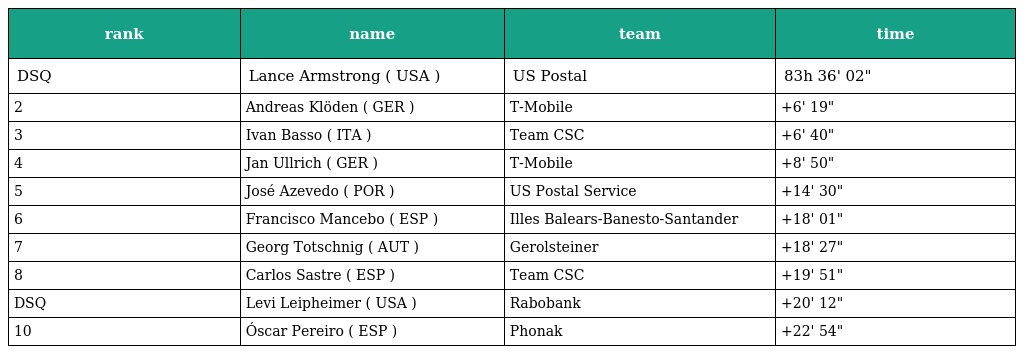
| rank | name | team | time |
 | --- | --- | --- | --- |
 | DSQ | Lance Armstrong ( USA ) | US Postal | 83h 36' 02" |
 | 2 | Andreas Klöden ( GER ) | T-Mobile | +6' 19" |
 | 3 | Ivan Basso ( ITA ) | Team CSC | +6' 40" |
 | 4 | Jan Ullrich ( GER ) | T-Mobile | +8' 50" |
 | 5 | José Azevedo ( POR ) | US Postal Service | +14' 30" |
 | 6 | Francisco Mancebo ( ESP ) | Illes Balears-Banesto-Santander | +18' 01" |
 | 7 | Georg Totschnig ( AUT ) | Gerolsteiner | +18' 27" |
 | 8 | Carlos Sastre ( ESP ) | Team CSC | +19' 51" |
 | DSQ | Levi Leipheimer ( USA ) | Rabobank | +20' 12" |
 | 10 | Óscar Pereiro ( ESP ) | Phonak | +22' 54" |